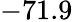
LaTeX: -71.9